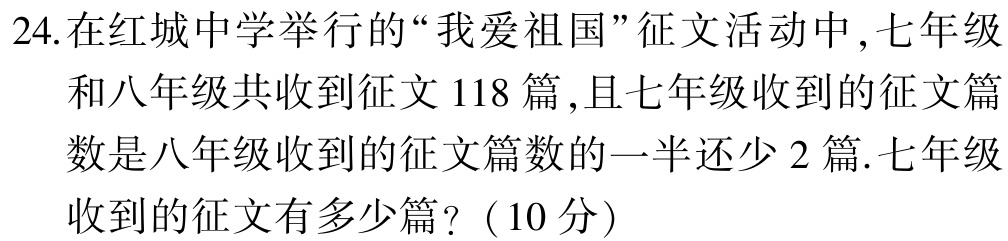
24.在红城中学举行的“我爱祖国”征文活动中,七年级和八年级共收到征文118篇,且七年级收到的征文篇数是八年级收到的征文篇数的一半还少2篇.七年级收到的征文有多少篇?（10分）